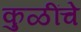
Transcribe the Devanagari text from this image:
कुळींचे